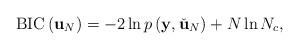
LaTeX: \begin{align*}\mathrm{BIC}\left(\mathbf{u}_N\right) = -2\ln p\left(\mathbf{y},\check{\mathbf{u}}_N\right) + N\ln N_c,\end{align*}